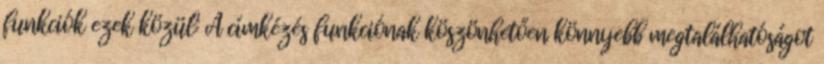
funkciók ezek közül: A címkézés funkciónak köszönhetően könnyebb megtalálhatóságot